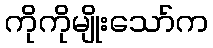
ကိုကိုမျိုးသော်က